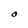
Character: O